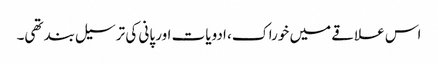
اس علاقے میں خوراک، ادویات اور پانی کی ترسیل بند تھی۔